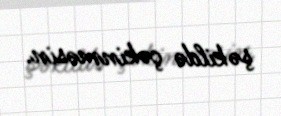
şəkildə çəkinməsin.